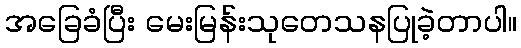
အခြေခံပြီး မေးမြန်းသုတေသနပြုခဲ့တာပါ။